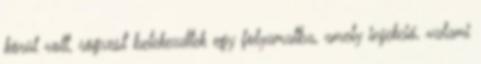
körül volt, rögvest belekezdtek egy folyamatba, amely injekció, valami